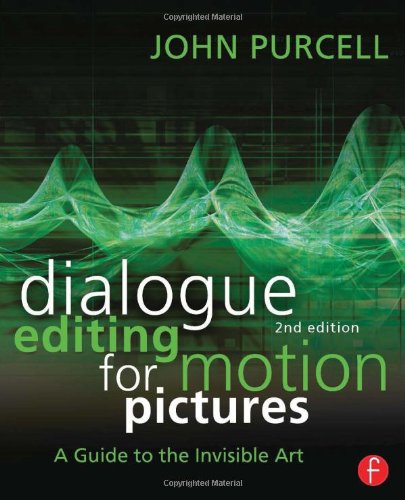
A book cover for Dialogue Editing for Motion Pictures: A Guide to the Invisible Art; John Purcell; Humor & Entertainment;